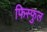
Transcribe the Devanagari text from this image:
फिस्फुल